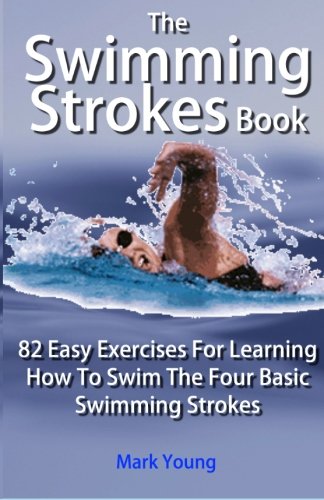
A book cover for The Swimming Strokes Book: 82 Easy Exercises For Learning How To Swim The Four Basic Swimming Strokes; Mark Young; Sports & Outdoors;